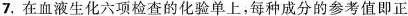
7.在血液生化六项检查的化验单上，每种成分的参考值即正